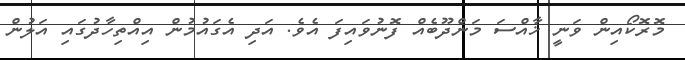
މޮރޮކޯއިން ވަނީ ޚާއްސަ މަންދޫބެއް ފޮނުވައިފަ އެވެ. އަދި އެގައުމުން އިއްތިހާދުގައި އަލުން